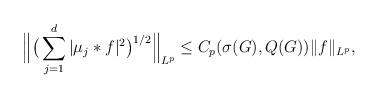
LaTeX: \begin{align*}\Big\|\big(\sum_{j=1}^d |\mu_j *f|^2\big)^{1/2}\Big\|_{L^p}\le C_{p}(\sigma(G),Q(G)) \|f\|_{L^p},\end{align*}